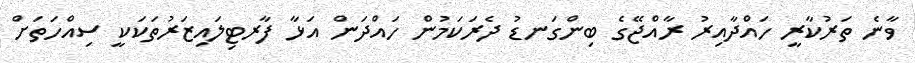
ވާނެ ތަރުކާރީ ހައްދާއިރު ރާއްޖޭގެ ބިންގަނޑު ދެރަކަމުން ހައްދަން އަޅާ ފާރޓިލައިޒަރުތަކަކީ ސިއްހަތަށް